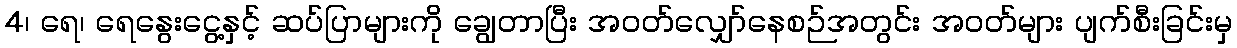
4၊ ရေ၊ ရေနွေးငွေ့နှင့် ဆပ်ပြာများကို ချွေတာပြီး အဝတ်လျှော်နေစဉ်အတွင်း အဝတ်များ ပျက်စီးခြင်းမှ